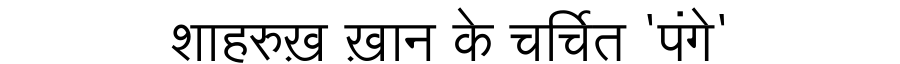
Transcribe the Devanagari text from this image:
शाहरुख़ ख़ान के चर्चित 'पंगे'